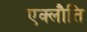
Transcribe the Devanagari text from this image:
एक्लौति